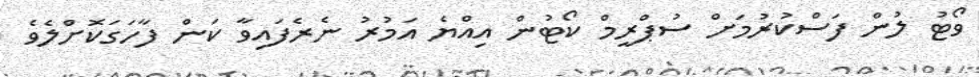
ވޯޓު ލުން ފަސްކުރުމަށް ސުޕްރީމް ކޯޓުން އިއްޔެ އަމުރު ނެރެފައިވާ ކަން ފާހަގަކޮށްލެވެ